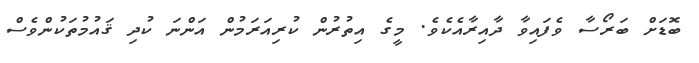
ބޮޑަށް ބަރޯސާ ވެފައިވާ ދާއިރާއެކެވެ. މީގެ އިތުރުން ކުރިއަރަމުން އަންނަ ކުދި ޤައުމުތަކުންވެސް